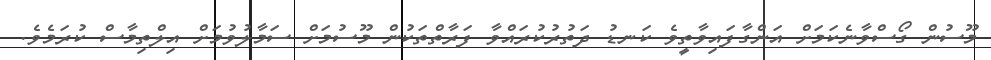
މޫސުން ގޯސްވާނެކަމަށް އަންގާފައިވާތީވެ ކަނޑު ދަތުރުކުރައްވާ ފަރާތްތަކުން މޫސުމަށް ސަމާލުވުމަށް އިލްތިމާސް ކުރަމެވެ.